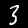
Label: 3